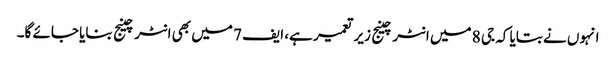
انہوں نے بتایا کہ جی 8 میں انٹرچینج زیر تعمیر ہے، ایف 7 میں بھی انٹرچینج بنایا جائے گا۔